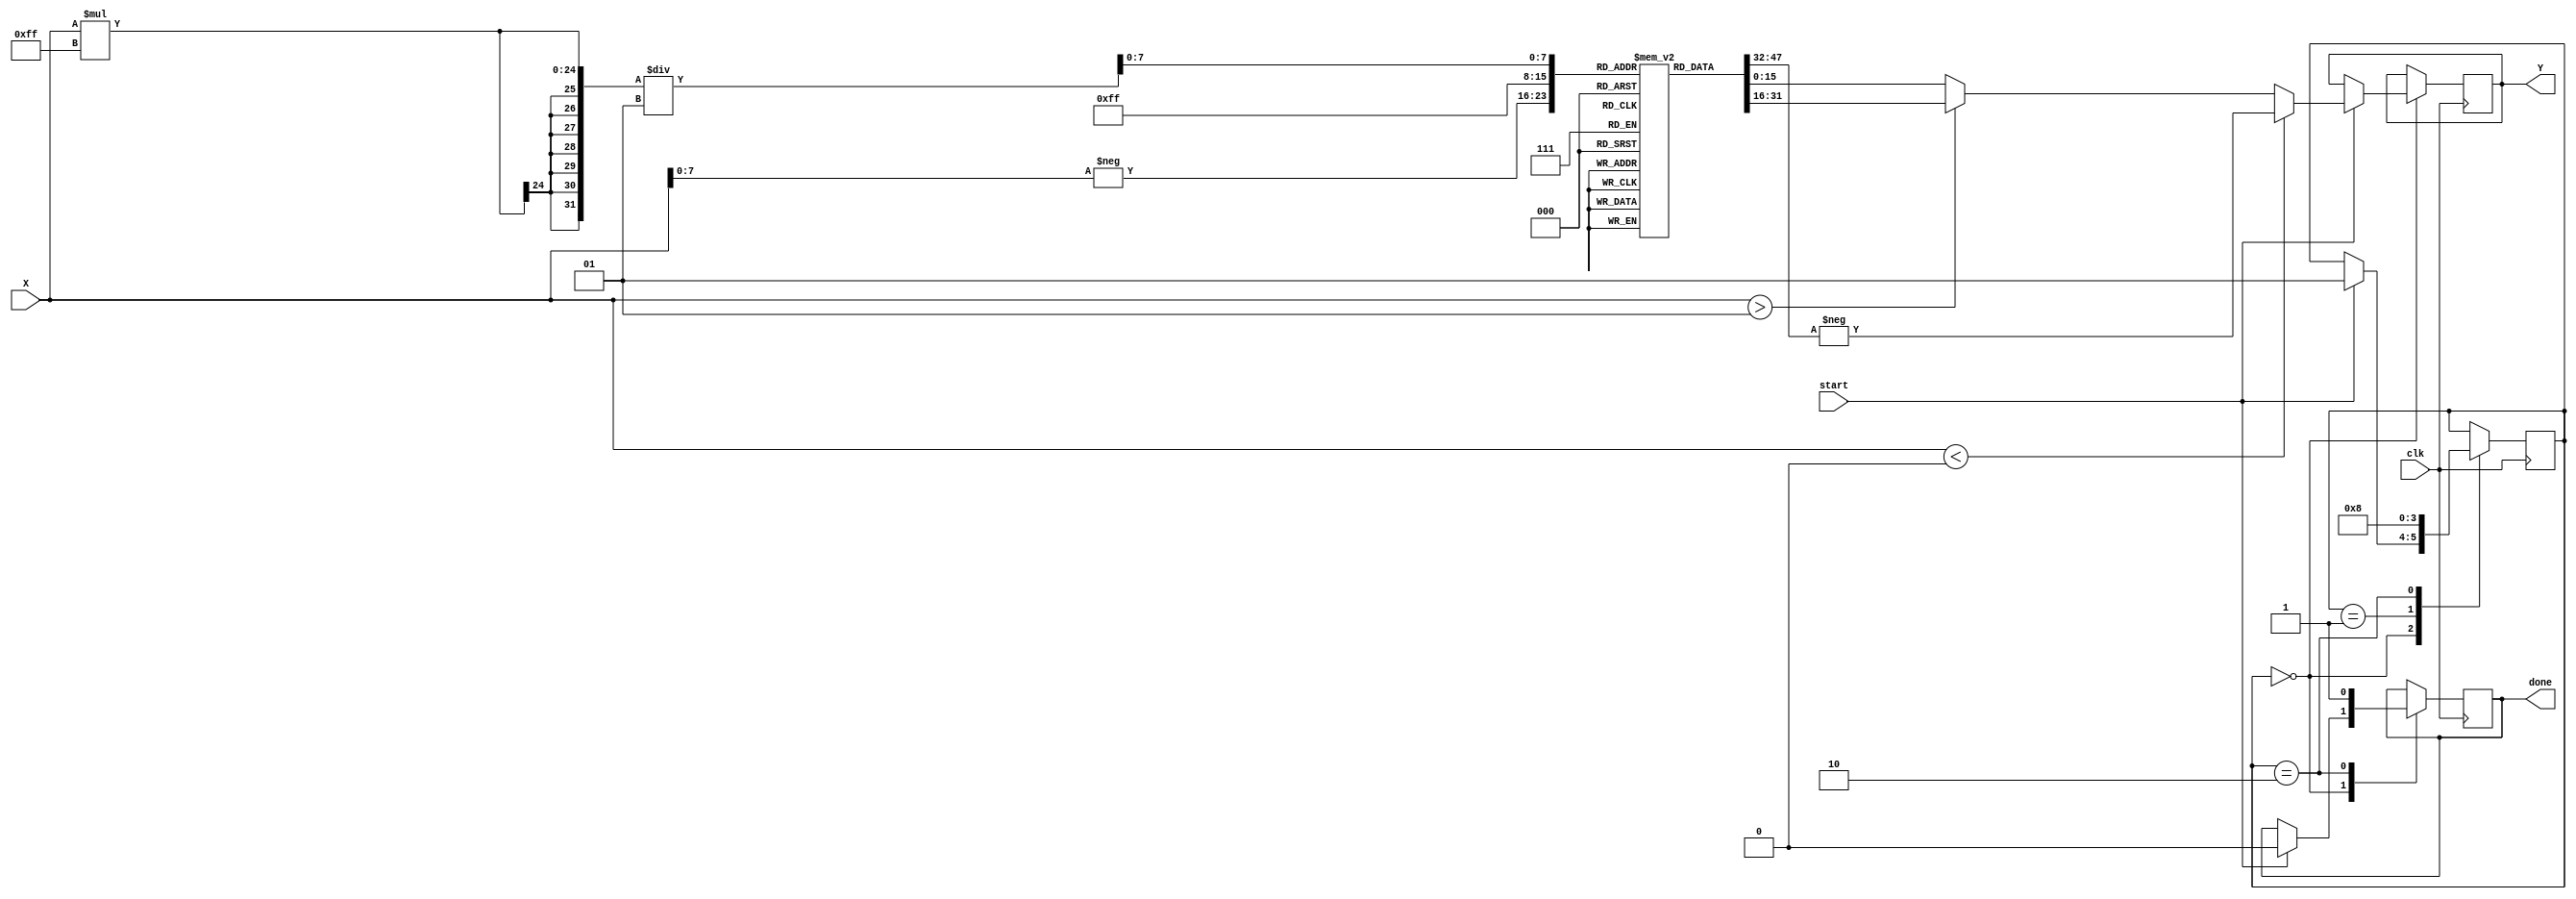
module atan_block (
    input  wire signed [15:0] X,  // Input: signed fixed-point number
    output reg  signed [15:0] Y,   // Output: signed fixed-point angle in radians
    input  wire clk,                // Clock signal
    input  wire start,              // Start signal for computation
    output reg done                 // Done signal
);

    // Define the lookup table for atan values
    reg signed [15:0] atan_lut [0:255]; // Lookup table for atan values
    initial begin
        // Populate the lookup table with precomputed atan values
        // Values should be scaled to the fixed-point representation
        atan_lut[0]   = 16'h0000; // atan(0) = 0
        atan_lut[1]   = 16'h0C90; // atan(1) = /4 (approx 0.7854)
        atan_lut[2]   = 16'h0E38; // atan(0.5) (approx 0.4636)
        // ... fill in additional values ...
        atan_lut[255] = 16'h0FFF; // atan(255) (approx /2)
    end

    // State machine for processing
    reg [1:0] state;
    parameter IDLE = 2'b00, COMPUTE = 2'b01, DONE = 2'b10;

    always @(posedge clk) begin
        case (state)
            IDLE: begin
                if (start) begin
                    done <= 0;
                    // Normalize input value to fit in LUT range if necessary
                    // Here we assume X is already in the range [-1, 1]
                    if (X < 0) begin
                        Y <= -atan_lut[-X]; // Use symmetry for negative inputs
                    end else if (X > 1) begin
                        Y <= atan_lut[255]; // Maximum value for input
                    end else begin
                        Y <= atan_lut[X * 255 / 1]; // Scale input to LUT index
                    end
                    state <= COMPUTE;
                end
            end

            COMPUTE: begin
                // Here you could implement additional logic if needed
                state <= DONE;
            end

            DONE: begin
                done <= 1; // Signal that computation is done
                state <= IDLE; // Reset to IDLE state
            end
        endcase
    end

endmodule